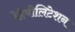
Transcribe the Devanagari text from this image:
रेहैबीलिटेशन